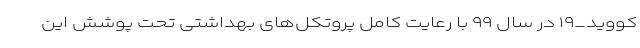
کووید_۱۹ در سال ۹۹ با رعایت کامل پروتکل‌های بهداشتی تحت پوشش این